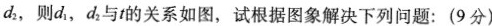
d_{2}，则d_{1}，d_{2}与t的关系如图，试根据图象解决下列问题：(9分)